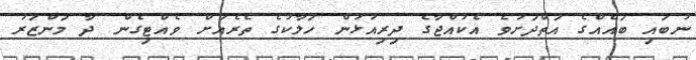
ނުބައި ބައެއްގެ އަތްދަށުވެ އެކުއްޖާގެ ދިރިއުޅުން ހަލާކުގެ ތެރެއަށް ވެއްޓިގެން ދާ މަންޒަރު